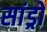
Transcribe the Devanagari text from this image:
सांड्रो